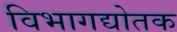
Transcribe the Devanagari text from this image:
विभागद्योतक